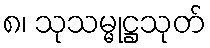
၈၊ သုသမ္မုဋ္ဌသုတ်